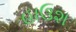
હાઉશ